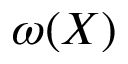
\omega ( X )